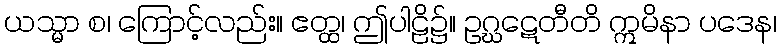
ယသ္မာ စ၊ ကြောင့်လည်း။ ဧတ္ထ၊ ဤပါဠိ၌။ ဥဂ္ဃဋေတီတိ ဣမိနာ ပဒေန၊